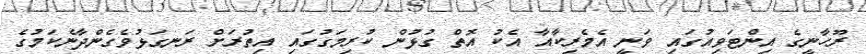
ރޫހާނީގެ އިންޓަވިއުގައި ވަނީ އެމެރިކާއާ އެކު އޮތް ގުޅުން ކުރިމަގުގައި އިތުރަށް ރަނގަޅުވެގެންދާނެކަމުގެ